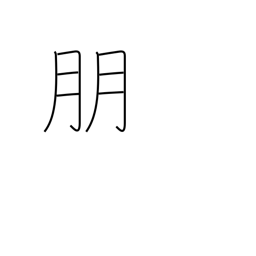
Meaning: companion